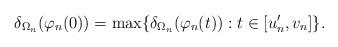
LaTeX: \begin{align*}\delta_{\Omega_n}(\varphi_n(0)) = \max \{ \delta_{\Omega_n}(\varphi_n(t)) : t \in [u_n^\prime, v_n] \}.\end{align*}